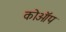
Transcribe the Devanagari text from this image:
कोऑप